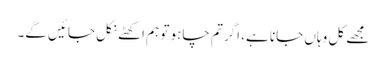
مجھے کل وہاں جانا ہے، اگر تم چاہو تو ہم اکھٹے نکل جائیں گے۔